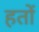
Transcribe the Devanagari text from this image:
हतों